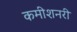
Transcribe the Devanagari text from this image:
कमीशनरी